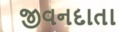
જીવનદાતા